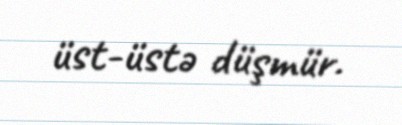
üst-üstə düşmür.